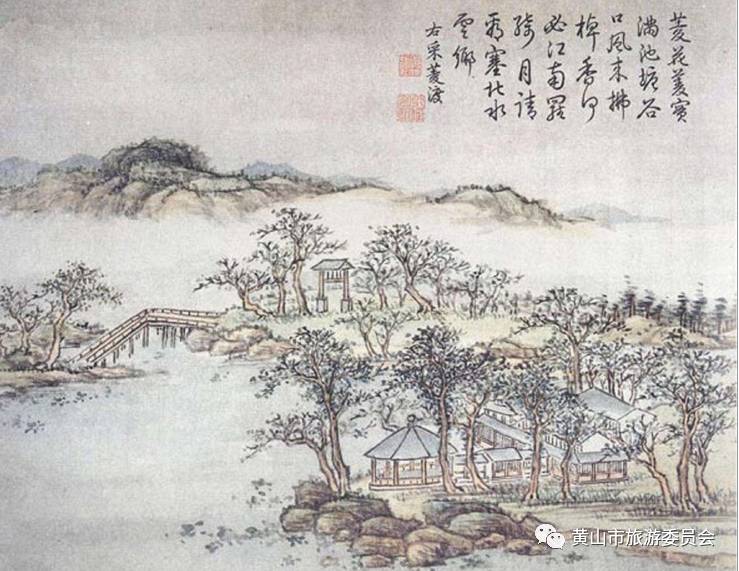
杏树坛边渔父，桃花源里人家。